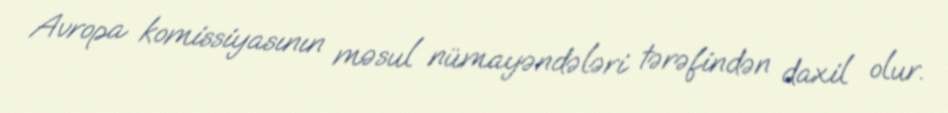
Avropa komissiyasının məsul nümayəndələri tərəfindən daxil olur.